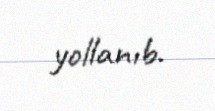
yollanıb.